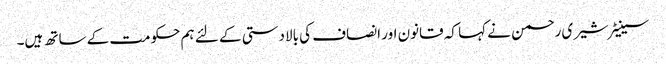
سینیٹر شیری رحمن نے کہا کہ قانون اور انصاف کی بالادستی کے لئے ہم حکومت کے ساتھ ہیں۔